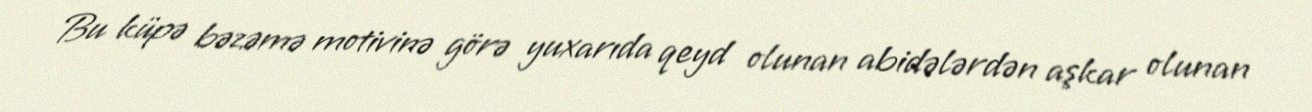
Bu küpə bəzəmə motivinə görə yuxarıda qeyd olunan abidələrdən aşkar olunan